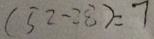
( 5 2 - 2 8 ) = 7